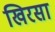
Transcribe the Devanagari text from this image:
खिरसा